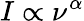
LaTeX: I\propto{\nu}^{\alpha}